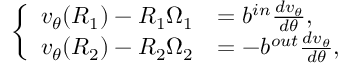
\left\{ \begin{array} { l l } { v _ { \theta } ( R _ { 1 } ) - R _ { 1 } \Omega _ { 1 } } & { = b ^ { i n } \frac { d v _ { \theta } } { d \theta } , } \\ { v _ { \theta } ( R _ { 2 } ) - R _ { 2 } \Omega _ { 2 } } & { = - b ^ { o u t } \frac { d v _ { \theta } } { d \theta } , } \end{array} \right.